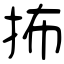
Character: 抪